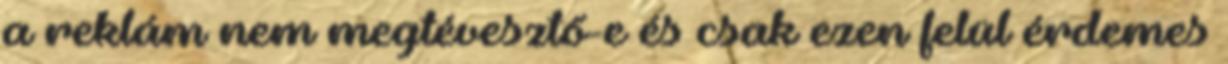
a reklám nem megtévesztő-e és csak ezen felül érdemes